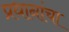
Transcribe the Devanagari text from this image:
प्रधानांचा